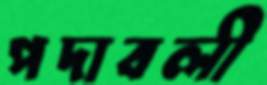
পদাবলী